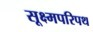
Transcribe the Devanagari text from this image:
सूक्ष्मपरिपथ